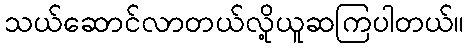
သယ်ဆောင်လာတယ်လို့ယူဆကြပါတယ်။